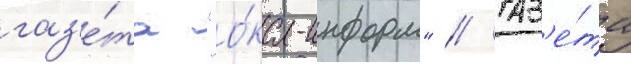
газ'е́та "о́ка-информ" // Газ'е́та